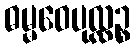
ဓမ္မဝေပုလ္လဉ္စ